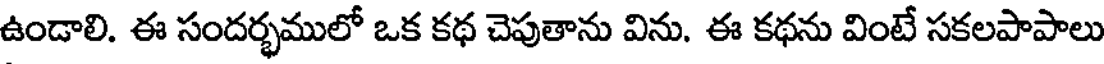
ఉండాలి. ఈ సందర్భములో ఒక కథ చెపుతాను విను. ఈ కథను వింటే సకలపాపాలు